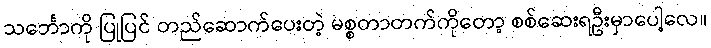
သင်္ဘောကို ပြုပြင် တည်ဆောက်ပေးတဲ့ မစ္စတာတက်ကိုတော့ စစ်ဆေးရဦးမှာပေါ့လေ။